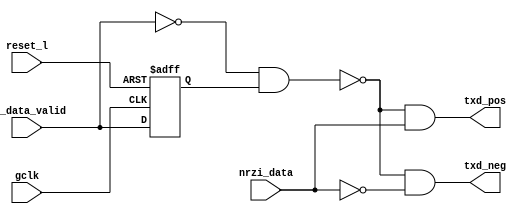
`timescale 1ns / 10ps
/*==========================================================================*/
//	 project: USB Serial Interface Engine (SIE)
//    Instructor: Dr. Yacoub M. El-Ziq
//	function: differential driver
//
/*==========================================================================*/

module tx_diff(gclk, reset_l, txd_pos, txd_neg, tx_data_valid, nrzi_data);

input gclk;			//global clock from the testbech
input reset_l;			//global reset from the testbench
input nrzi_data;		//transmit data after nrzi encoder
input tx_data_valid;		//data valid qualifier

output txd_pos;			//transmit data positive out
output txd_neg;			//transmit data negative out

reg tx_data_valid_d;
reg tx_data_valid_2d;

wire send_eop;

always @(posedge gclk or negedge reset_l)
begin
  if(!reset_l)
  begin
    tx_data_valid_d = #1 1'b0;
    tx_data_valid_2d = #1 1'b0;
  end
  else
  begin
    tx_data_valid_d = #1 tx_data_valid;
    tx_data_valid_2d = #1 tx_data_valid_d;
  end
end

assign send_eop = !tx_data_valid && tx_data_valid_d;

assign txd_pos = !send_eop && nrzi_data;
assign txd_neg = !send_eop && !nrzi_data;


endmodule